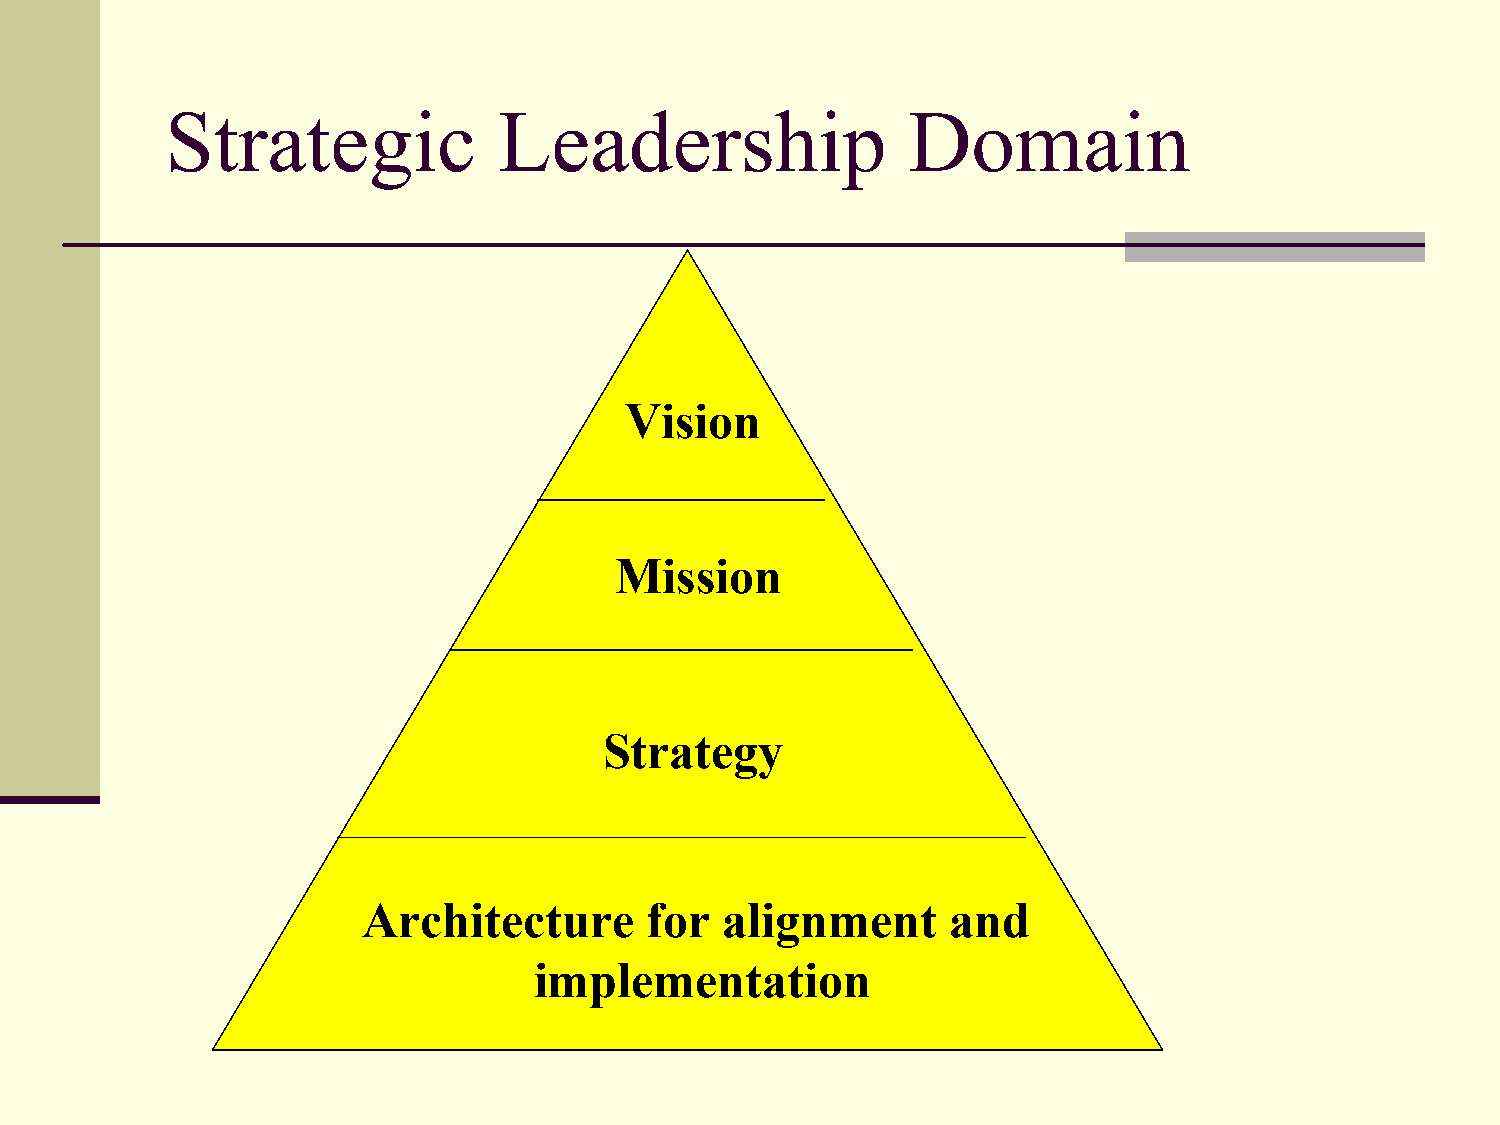
Strategic             Leadership                 Domain
 Vision
 Mission
 Strategy
 Architecture       for  alignment      and
 implementation